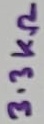
Text: 3.3KΩ